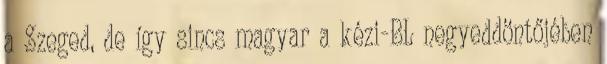
a Szeged, de így sincs magyar a kézi-BL negyeddöntőjében